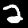
Label: 2